Leaving Certificate, 1937
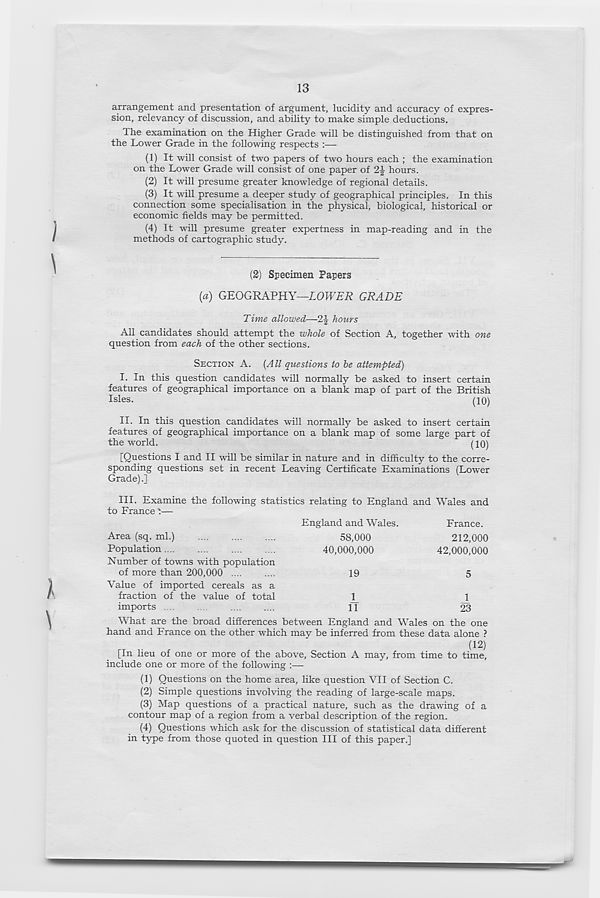
13
arrangement and presentation of argument, lucidity and accuracy of expres-
sion, relevancy of discussion, and ability to make simple deductions.
The examination on the Higher Grade will be distinguished from that on
the Lower Grade in the following respects
(1) It will consist of two papers of two hours each ; the examination
on the Lower Grade will consist of one paper of 2|- hours.
(2) It will presume greater knowledge of regional details.
(3) It will presume a deeper study of geographical principles. In this
connection some specialisation in the physical, biological, historical or
economic fields may be permitted.
(4) It will presume greater expertness in map-reading and in the
methods of cartographic study.
(2) Specimen Papers
{a) GEOGRAPHY—LOWER GRADE
Time allowed—2-|- hours
All candidates should attempt the whole of Section A, together with one
question from each of the other sections.
SECTION A. (All questions to be attempted)
I. In this question candidates will normally be asked to insert certain
features of geographical importance on a blank map of part of the British
Isles.
(10)
II. In this question candidates will normally be asked to insert certain
features of geographical importance on a blank map of some large part of
the world.
(10)
[Questions I and II will be similar in nature and in difficulty to the corre-
sponding questions set in recent Leaving Certificate Examinations (Lower
Grade).]
III.
Examine the following statistics rela
to France '—
England and Wales.
France.
Area (sq. ml.)
58,000
Population
40,000,000
Number of towns with population
of more than 200,000 ....
....
19
Value of imported cereals as a
fraction of the value of total
1
imports ....
....
....
....
fl
212,000
42,000,000
5
J.
23
What are the broad differences between England and Wales on the one
hand and France on the other which may be inferred from these data alone ?
(12)
[In lieu of one or more of the above. Section A may, from time to time,
include one or more of the following :—
(1) Questions on the home area, like question VII of Section C.
(2) Simple questions involving the reading of large-scale maps.
(3) Map questions of a practical nature, such as the drawing of a
contour map of a region from a verbal description of the region.
(4) Questions which ask for the discussion of statistical data different
in type from those quoted in question III of this paper.]